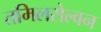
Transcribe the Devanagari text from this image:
तमिलसेल्वन